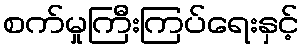
စက်မှုကြီးကြပ်ရေးနှင့်